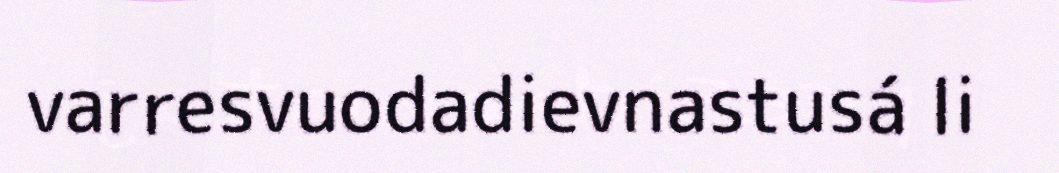
varresvuodadievnastusá li